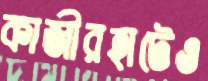
কাজীরহাটেও